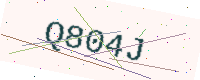
Text: Q804J